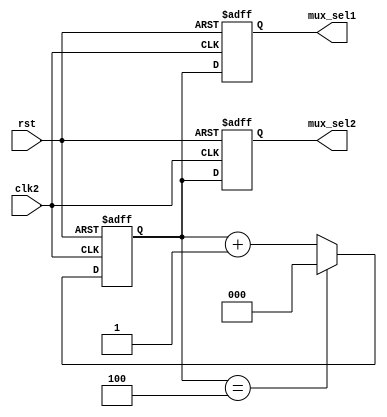
`timescale 1ns / 1ps

module control_unit #
(
    parameter N = 3
)
(
    input                   clk2,     // for mac (50 Mhz)
    input                   rst,

    output  reg     [2:0]   mux_sel1, // for muxes input
    output  reg     [2:0]   mux_sel2  // for twiddel muxes

);

    reg     [N-1:0]     counter;

    always @ (posedge clk2 or posedge rst) begin
      if(rst) begin
        mux_sel1 <= 0;
        mux_sel2 <= 0;
        counter  <= 0;
      end
      else begin
        mux_sel1 <= counter;
        mux_sel2 <= counter;
        counter  <= counter + 1;

        if(counter == 4)
          counter <= 0;

      end
    end // always

endmodule